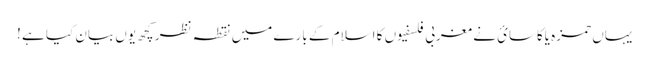
یہاں حمزه یاکاسائ نے مغربی فلسفیوں کا اسلام کے بارے میں نقطہ نظر کچھ یوں بیان کیا ہے !